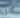
هل